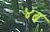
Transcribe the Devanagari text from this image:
४ब